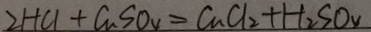
2 H C l + C u S O _ { 4 } = C u C l _ { 2 } + H _ { 2 } S O _ { 4 }